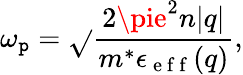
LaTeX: \omega_{\mathtt{p}}=\sqrt{}{{\frac{{2\pie^{2}n|q|}}{{m^{*}\epsilon_{\mathrm{{~e~f~f~}}}(q)}}}},